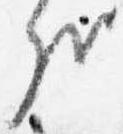
哉